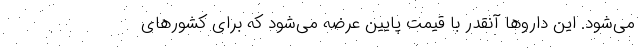
می‌شود. این داروها آنقدر با قیمت پایین عرضه می‌شود که برای کشورهای